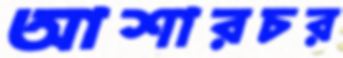
আশারচর